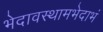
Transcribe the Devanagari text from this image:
भेदावस्थामभेदाभं